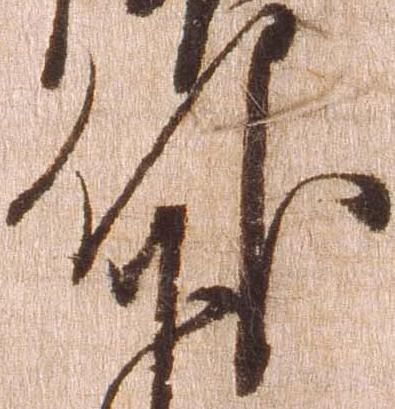
仰